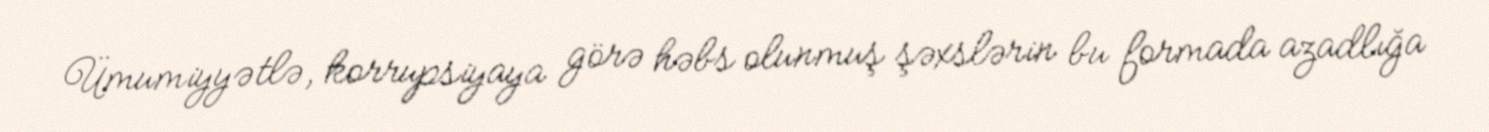
Ümumiyyətlə, korrupsiyaya görə həbs olunmuş şəxslərin bu formada azadlığa